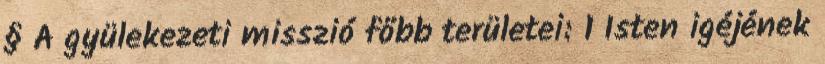
§ A gyülekezeti misszió főbb területei: 1 Isten igéjének